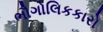
ભૌગોલિકકારો